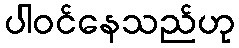
ပါဝင်နေသည်ဟု